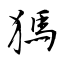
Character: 獁